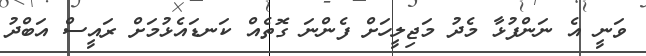
ވަނީ އެ ނަންފުޅާ މެދު މަޖިލީހަށް ފެންނަ ގޮތެއް ކަނޑައެޅުމަށް ރައީސް އަބްދު